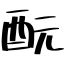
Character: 酛